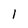
Character: 1